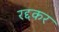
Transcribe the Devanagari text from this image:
रद्दकर